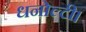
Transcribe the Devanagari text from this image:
धनोल्टी।